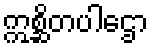
ဣစ္ဆိတပါဌော